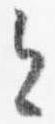
今